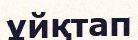
ұйқтап